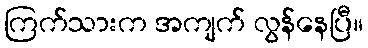
ကြက်သားက အကျက် လွန်နေပြီ။